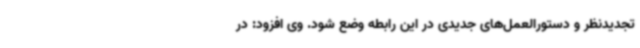
تجدیدنظر و دستورالعمل‌های جدیدی در این رابطه وضع شود. وی افزود: در